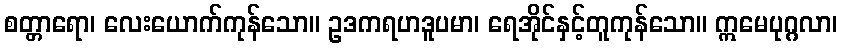
စတ္တာရော၊ လေးယောက်ကုန်သော။ ဥဒကရဟဒူပမာ၊ ရေအိုင်နှင့်တူကုန်သော။ ဣမေပုဂ္ဂလာ၊